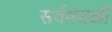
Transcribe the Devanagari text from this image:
सर्वमंडळी